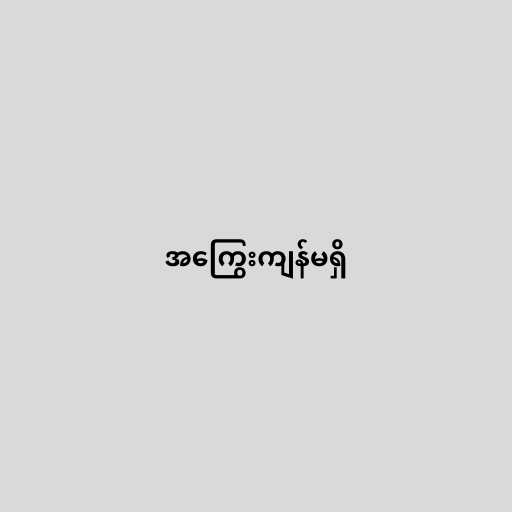
အကြွေးကျန်မရှိ